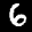
Label: 6